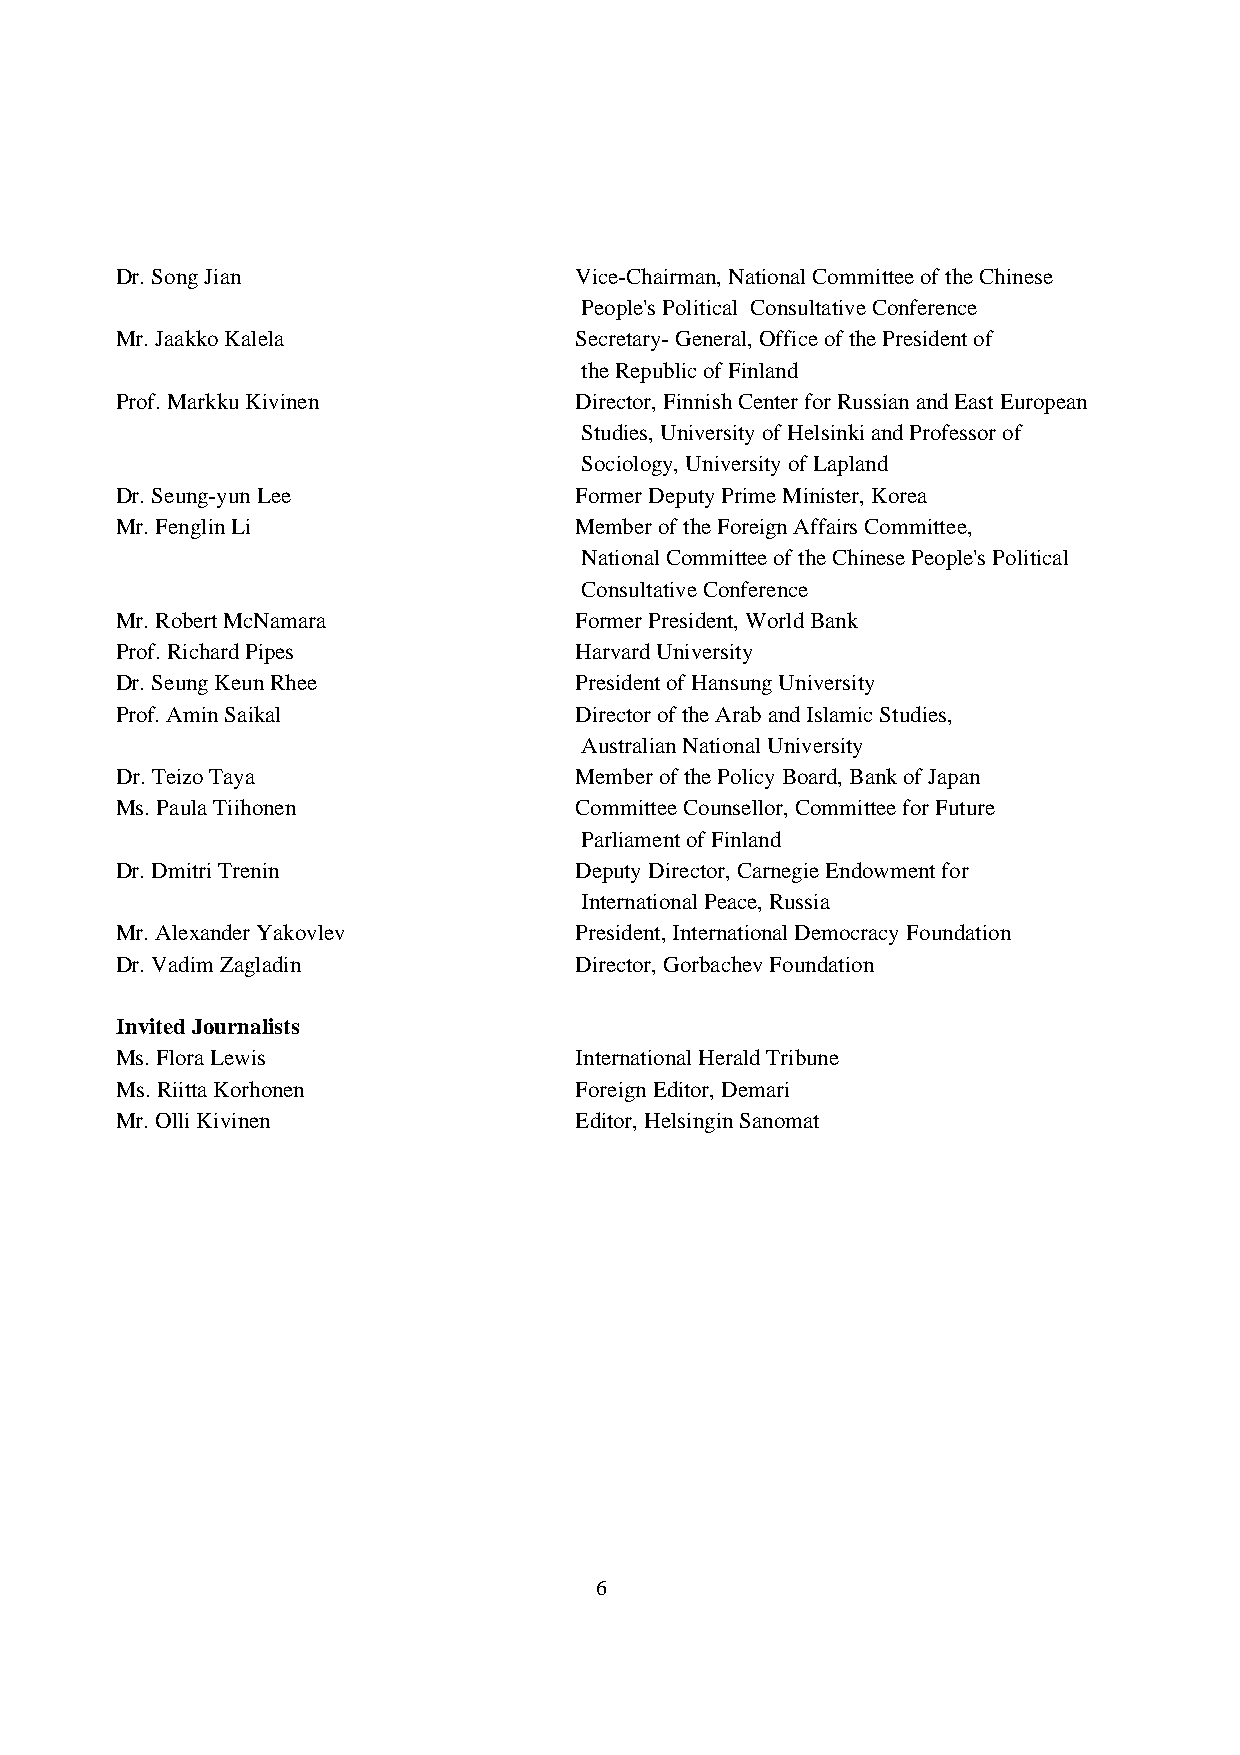
Dr. Song Jian                 Vice-Chairman, National Committee of the Chinese
 People's Political Consultative Conference
 Mr. Jaakko Kalela             Secretary- General, Office of the President of
 the Republic of Finland
 Prof. Markku Kivinen          Director, Finnish Center for Russian and East European
 Studies, University of Helsinki and Professor of
 Sociology, University of Lapland
 Dr. Seung-yun Lee             Former Deputy Prime Minister, Korea
 Mr. Fenglin Li                Member of the Foreign Affairs Committee,
 National Committee of the Chinese People's Political
 Consultative Conference
 Mr. Robert McNamara           Former President, World Bank
 Prof. Richard Pipes           Harvard University
 Dr. Seung Keun Rhee           President of Hansung University
 Prof. Amin Saikal             Director of the Arab and Islamic Studies,
 Australian National University
 Dr. Teizo Taya                Member of the Policy Board, Bank of Japan
 Ms. Paula Tiihonen            Committee Counsellor, Committee for Future
 Parliament of Finland
 Dr. Dmitri Trenin             Deputy Director, Carnegie Endowment for
 International Peace, Russia
 Mr. Alexander Yakovlev        President, International Democracy Foundation
 Dr. Vadim Zagladin            Director, Gorbachev Foundation
 Invited Journalists
 Ms. Flora Lewis               International Herald Tribune
 Ms. Riitta Korhonen           Foreign Editor, Demari
 Mr. Olli Kivinen              Editor, Helsingin Sanomat
 6